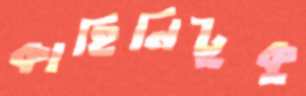
কাহিনিটুকু